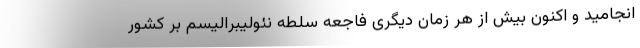
انجامید و اکنون بیش از هر زمان دیگری فاجعه سلطه نئولیبرالیسم بر کشور